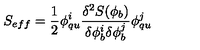
S _ { e f f } = \frac { 1 } { 2 } \phi _ { q u } ^ { i } \frac { \delta ^ { 2 } S ( \phi _ { b } ) } { \delta \phi _ { b } ^ { i } \delta \phi _ { b } ^ { j } } \phi _ { q u } ^ { j }